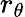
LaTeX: r_{\theta}